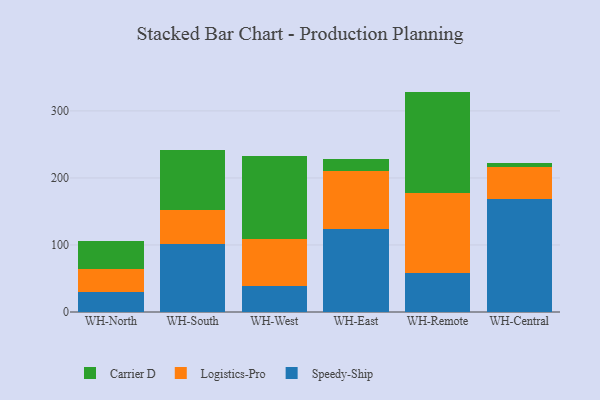
{"axis": {"x": "Warehouse", "y": "Backlog"}, "legend": ["Carrier D", "Logistics-Pro", "Speedy-Ship"], "data": [{"x": "WH-North", "y": 29.1, "type": "Speedy-Ship"}, {"x": "WH-North", "y": 34.9, "type": "Logistics-Pro"}, {"x": "WH-North", "y": 41.9, "type": "Carrier D"}, {"x": "WH-South", "y": 101.4, "type": "Speedy-Ship"}, {"x": "WH-South", "y": 51.3, "type": "Logistics-Pro"}, {"x": "WH-South", "y": 89.6, "type": "Carrier D"}, {"x": "WH-West", "y": 39.0, "type": "Speedy-Ship"}, {"x": "WH-West", "y": 70.6, "type": "Logistics-Pro"}, {"x": "WH-West", "y": 123.0, "type": "Carrier D"}, {"x": "WH-East", "y": 124.2, "type": "Speedy-Ship"}, {"x": "WH-East", "y": 85.8, "type": "Logistics-Pro"}, {"x": "WH-East", "y": 17.8, "type": "Carrier D"}, {"x": "WH-Remote", "y": 58.2, "type": "Speedy-Ship"}, {"x": "WH-Remote", "y": 119.7, "type": "Logistics-Pro"}, {"x": "WH-Remote", "y": 150.9, "type": "Carrier D"}, {"x": "WH-Central", "y": 168.0, "type": "Speedy-Ship"}, {"x": "WH-Central", "y": 48.6, "type": "Logistics-Pro"}, {"x": "WH-Central", "y": 5.1, "type": "Carrier D"}]}